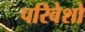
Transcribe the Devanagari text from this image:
परिवेशो